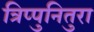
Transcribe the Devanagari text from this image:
त्रिप्पुनितुरा